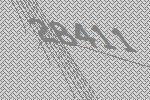
28411